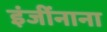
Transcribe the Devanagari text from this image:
इंजींनाना